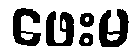
ဖေးမ